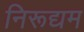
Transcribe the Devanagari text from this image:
निरूद्यम